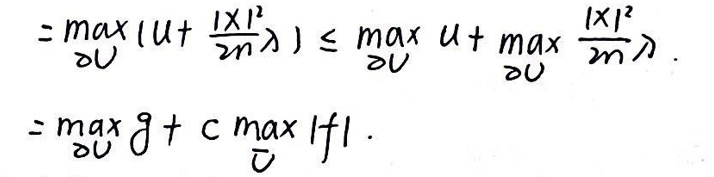
\[
\begin{align*}
&=\max_{V}\left(u+\frac{|x|^2}{2m\lambda}\right)\leq\max_{V}u+\max_{V}\frac{|x|^2}{2m\lambda}\\
&=\max_{V}g + c\max_{V}|f|
\end{align*}
\]